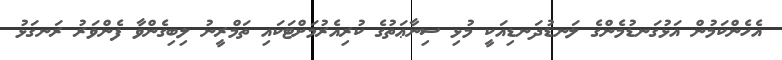
އެހެންކަމުން އަޅުގަނޑުމެންގެ ލަނޑުދަނޑިއަކީ މުޅި ސިނާޢަތުގެ ކުރިއެރުމަށްޓަކައި ތަމްރީނު ލިބިގެންވާ ފެންވަރު ރަނގަޅު